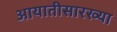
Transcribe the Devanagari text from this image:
आयातीसारख्या